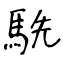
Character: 駪